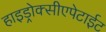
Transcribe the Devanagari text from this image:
हाइड्रोक्सीएपेटाईट